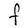
Character: F